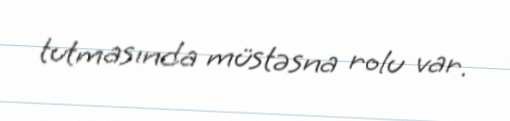
tutmasında müstəsna rolu var.